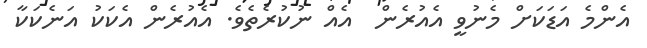
އެންމެ އަޑަކަށް މެނުވީ އެއުރެން  އެއް ނުކުރެތެވެ. އެއުރެން އެކަކު އަނެކަކާ